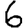
Digit: 6